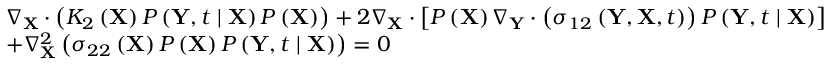
\begin{array} { r l } & { \nabla _ { \mathbf { X } } \cdot \left( K _ { 2 } \left( \mathbf { X } \right) P \left( \mathbf { Y } , t \mid \mathbf { X } \right) P \left( \mathbf { X } \right) \right) + 2 \nabla _ { \mathbf { X } } \cdot \left[ P \left( \mathbf { X } \right) \nabla _ { \mathbf { Y } } \cdot \left( \sigma _ { 1 2 } \left( \mathbf { Y } , \mathbf { X } , t \right) \right) P \left( \mathbf { Y } , t \mid \mathbf { X } \right) \right] } \\ & { + \nabla _ { \mathbf { X } } ^ { 2 } \left( \sigma _ { 2 2 } \left( \mathbf { X } \right) P \left( \mathbf { X } \right) P \left( \mathbf { Y } , t \mid \mathbf { X } \right) \right) = 0 } \end{array}